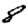
Digit: 8